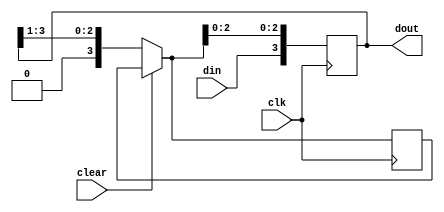
`timescale 1ns / 1ps
module sipo_reg(clk,clear,din,dout);

input clk,din,clear;

output reg [3:0] dout;
reg [3:0] tmp;

always @(posedge clk )
begin
if (clear)
dout = 4'b0000;
else
tmp = dout >>1 ;
dout = {din,tmp[2:0]};
end
endmodule